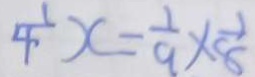
\frac { 1 } { 4 } x = \frac { 1 } { 9 } \times \frac { 1 } { 8 }